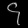
Digit: ၄